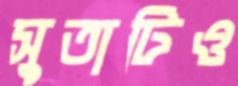
সুতাটিও